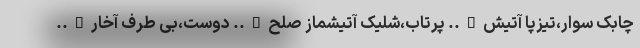
چابک سوار،تیزپا آتیش….. پرتاب،شلیک آتیشماز صلح….. دوست،بی طرف آخار…..